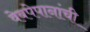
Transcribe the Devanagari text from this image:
वेबपेपानांची